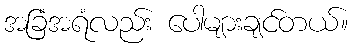
အခြံအရံလည်း ပေါများချင်တယ်။